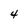
Character: 4